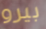
بيرو